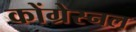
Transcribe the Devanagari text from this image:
कोंग्रेस्नल